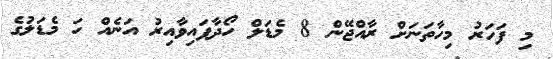
މި ފަހަރު މިހާތަނަށް ރާއްޖޭން 8 މެޑަލް ހޯދާފައިވާއިރު އަނެއް ހަ މެޑަލުގެ